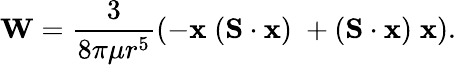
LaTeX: \mathbf{W}=\frac{3}{8\pi\mu r^{5}}\left(-\mathbf{x}\; (\mathbf{S}\cdot\mathbf{x})\; +(\mathbf{S}\cdot\mathbf{x})\; \mathbf{x}\right).